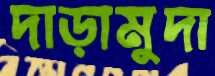
দাড়ামুদা